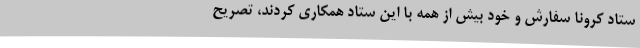
ستاد کرونا سفارش و خود بیش از همه با این ستاد همکاری کردند، تصریح